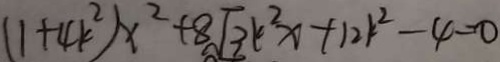
( 1 + 4 k ^ { 2 } ) x ^ { 2 } + 8 \sqrt { 3 } k ^ { 2 } x + 1 2 k ^ { 2 } - 4 = 0